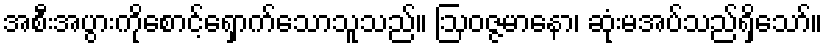
အစီးအပွားကိုစောင့်ရှောက်သောသူသည်။ ဩဝဇ္ဇမာနော၊ ဆုံးမအပ်သည်ရှိသော်။